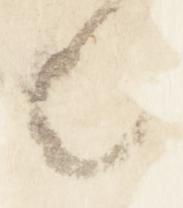
也